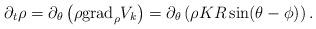
LaTeX: \begin{align*}\partial_{t}\rho= \partial_\theta \left(\rho {\rm grad}_\rho V_k \right) = \partial_\theta \left(\rho K R \sin (\theta-\phi) \right).\end{align*}